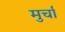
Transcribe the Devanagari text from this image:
मुर्चा